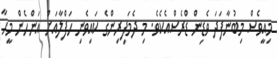
މިއީވެސް މިބުނާފަދަ ވެޑިން ޑްރެސްއެކެވެ. މި ދެމަފިރިންގެ ކައިވެނި ހަފްލާއަށް އަންހެން މީހާ